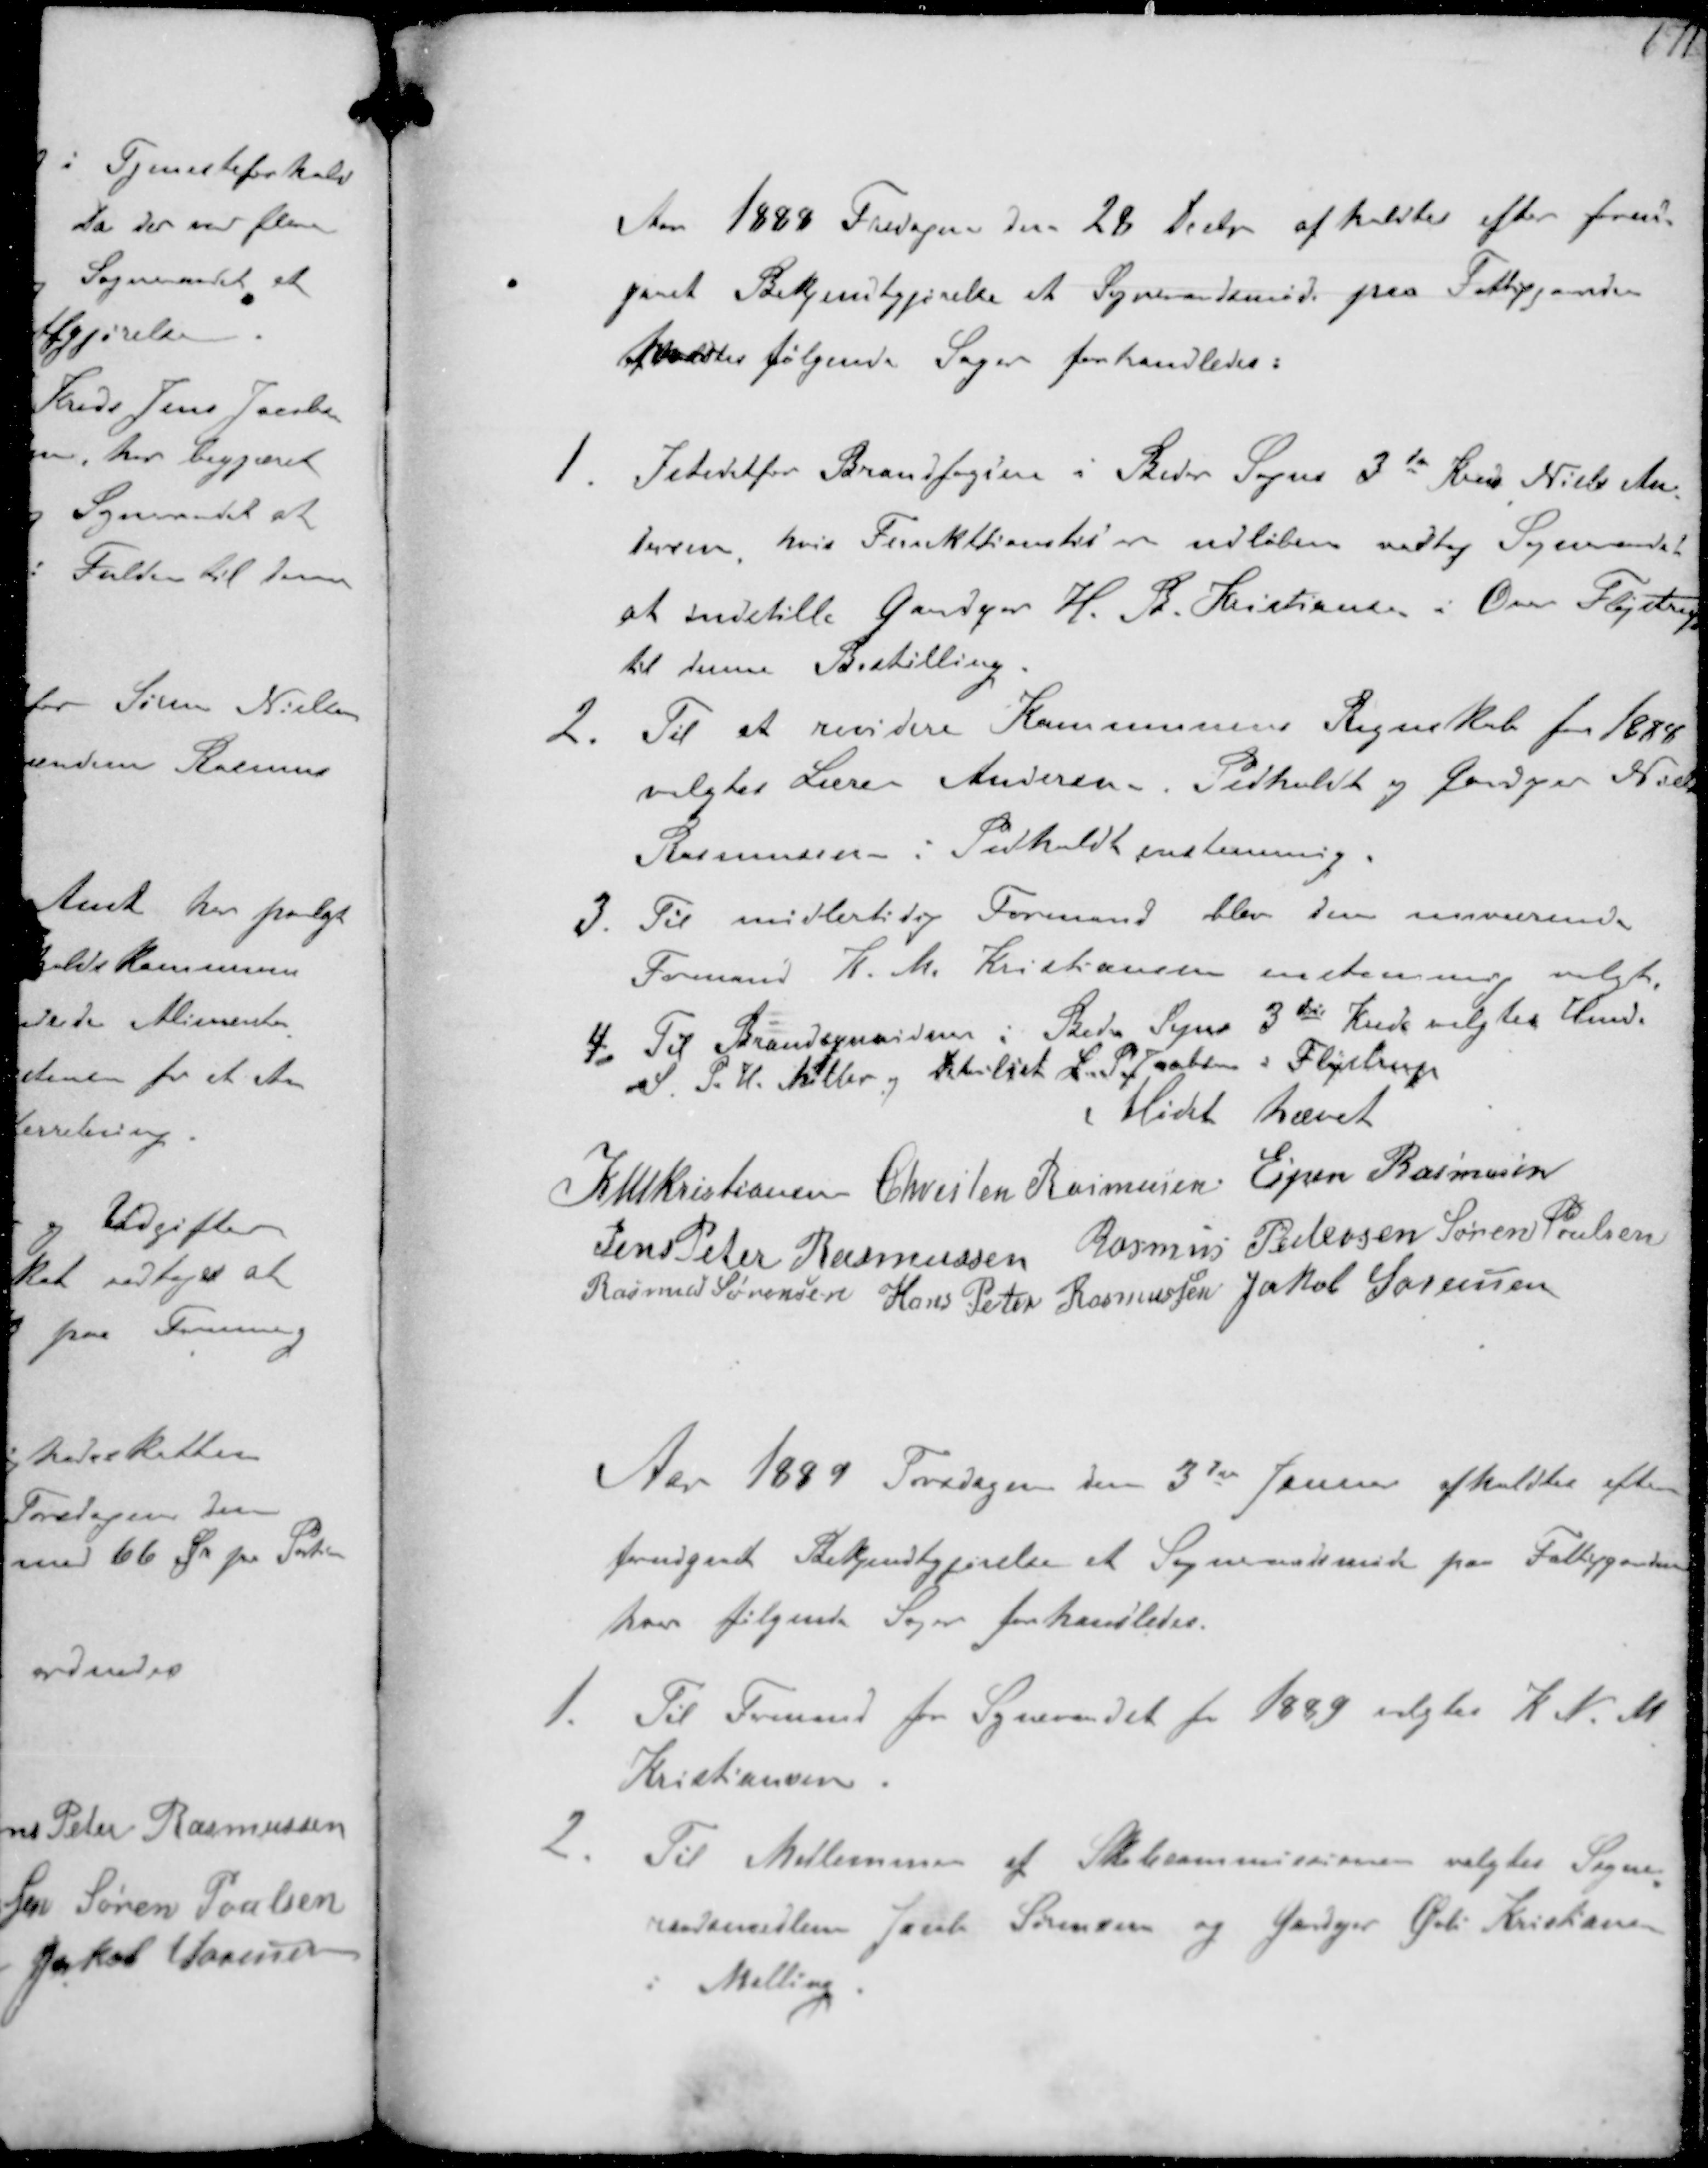
Transskription:
Aar 1888 Fredagen den 28 Decbr afholdtes efter forud-
gaaet Bekjentgørelse et Sogneraadsmøde paa Fattiggaarden
hvor følgende Sager forhandledes:
1. Istedetfor Brandfogden i Beder Sogns 3de Kreds Niels An-
dersen hvis Funktionstid er udløben vedtog Sogneraadet
at indstille Gaardejer H.B. Kristiansen i Over Fløjstrup
til denne Bestilling.
2. Til at revidere Kommunens Regnskab for 1888
valgtes Lærer Andersen Pedholdt og Gaardejer Niels
Rasmussen i Pedholdt enstemmig.
3. Til midlertidig Formand blev den nuværende
Formand K.M. Kristiansen enstemmig valgt
4. Til Brandsynsvidner i Beder Sogns 3die Kreds valgtes Hmd.
S P H. Møller og Detailist L.P. Jacobsen, Fløjstrup
Mødet hævet
K N M Kristiansen Christen Rasmussen Espen Rasmussen
Jens Peter Rasmussen Rasmus Pedersen Søren Poulsen
Rasmus Sørensen Hans Peter Rasmussen Jakob Sørensen

Aar 1889 Torsdagen den 3d Januar afholdtes efter
forudgaaet Bekendtgørelse et Sogneraadsmøde paa Fattiggaarden
hvor følgende Sager forhandledes.
1. Til Formand for Sogneraadet for 1889 valgtes K. N. M.
Kristiansen
2. Til Medlemmer af Skolekommissionen valgtes Sogne-
raadsmedlem Jacob Sørensen og Gaardejer Øvli Kristiansen
i Malling